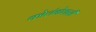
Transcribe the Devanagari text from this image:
कोलंबोवासी